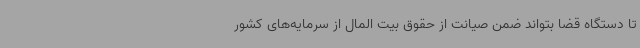
تا دستگاه قضا بتواند ضمن صیانت از حقوق بیت المال از سرمایه‌های کشور